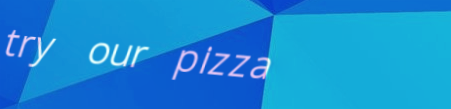
try our pizza